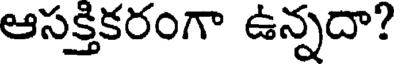
ఆసక్తికరంగా ఉన్నదా?